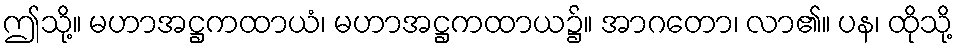
ဤသို့။ မဟာအဋ္ဌကထာယံ၊ မဟာအဋ္ဌကထာယ၌။ အာဂတော၊ လာ၏။ ပန၊ ထိုသို့